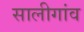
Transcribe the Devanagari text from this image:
सालीगांव